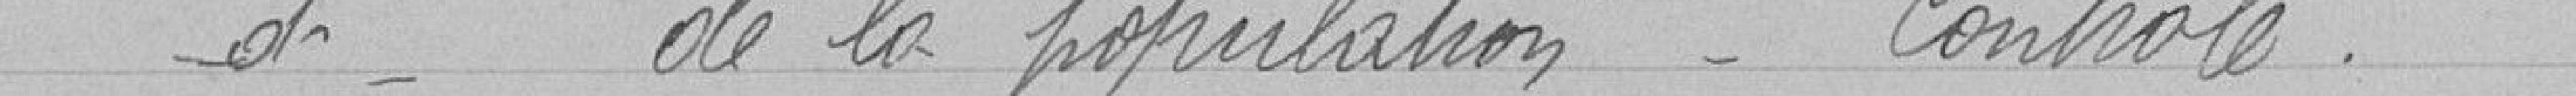
et de la population   - Contrôle